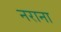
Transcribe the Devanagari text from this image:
नराना